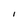
Character: I